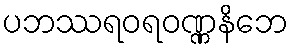
ပဘဿရဝရဝဏ္ဏနိဘေ